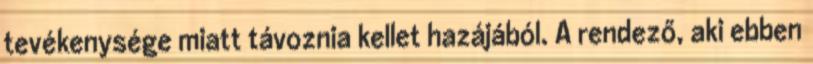
tevékenysége miatt távoznia kellet hazájából. A rendező, aki ebben